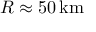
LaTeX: R \approx 5 0 \, { \mathrm { k m } }